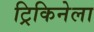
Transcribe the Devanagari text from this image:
ट्रिकिनेला